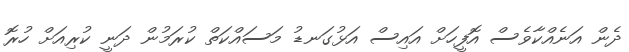
ދެން އަނެއްކާވެސް އޮފީހަށް އައިސް އަޅުގަނޑު މަސައްކަތް ކުރަމުން ދަނީ ކުރިއަށް ހުރޮ